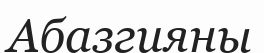
Абазгияны